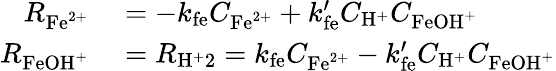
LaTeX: \begin{array}{rl}{R_{\mathrm{Fe}^{2+}}}&{{}=-k_{\mathrm{fe}}C_{\mathrm{Fe}^{2+}}+k_{\mathrm{fe}}^{\prime}C_{\mathrm{H}^{+}}C_{\mathrm{FeOH}^{+}}}\\ {R_{\mathrm{FeOH}^{+}}}&{{}=R_{\mathrm{H}^{+}2}=k_{\mathrm{fe}}C_{\mathrm{Fe}^{2+}}-k_{\mathrm{fe}}^{\prime}C_{\mathrm{H}^{+}}C_{\mathrm{FeOH}^{+}}}\end{array}